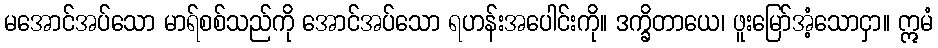
မအောင်အပ်သော မာရ်စစ်သည်ကို အောင်အပ်သော ရဟန်းအပေါင်းကို။ ဒက္ခိတာယေ၊ ဖူးမြော်အံ့သောငှာ။ ဣမံ